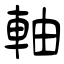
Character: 軸